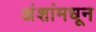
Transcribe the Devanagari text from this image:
अंशांमधून